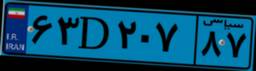
۶۳D۲۰۷۸۷